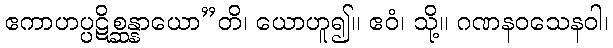
ဧကာဟပ္ပဋိစ္ဆန္နာယော”တိ၊ ယောဟူ၍။ ဧဝံ၊ သို့။ ဂဏနဝသေနဝါ၊